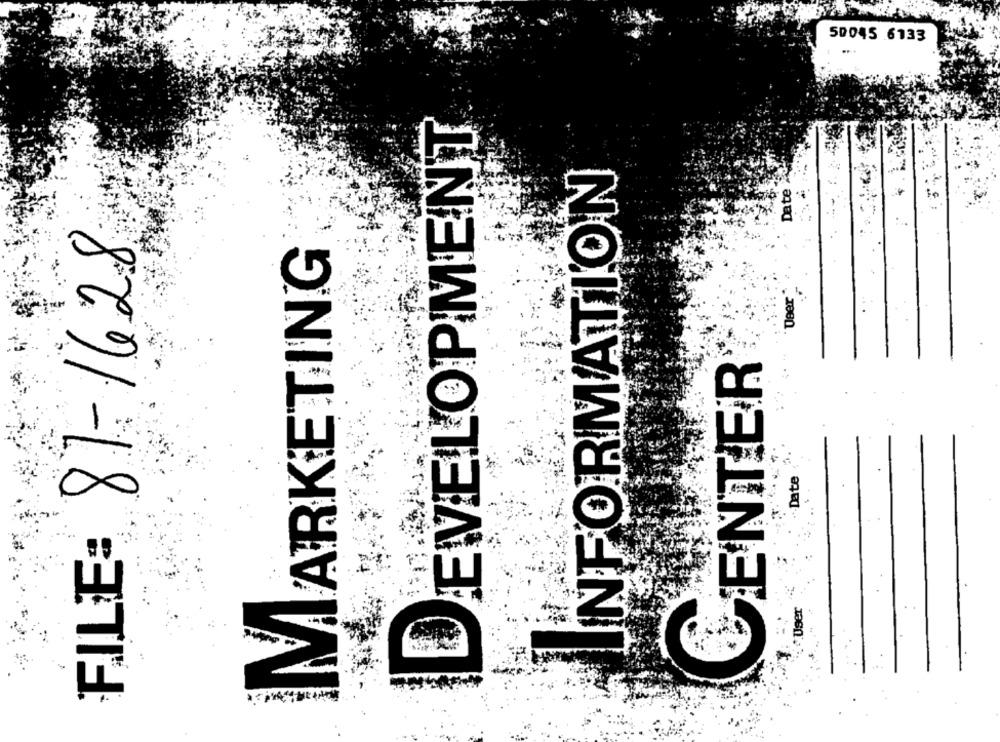
50045 6133
EVELOPMENT
INFORMATION
Date
FILE: 81-1628
MARKETING
Deer
CENTER
. . 1.
ate
Jaer